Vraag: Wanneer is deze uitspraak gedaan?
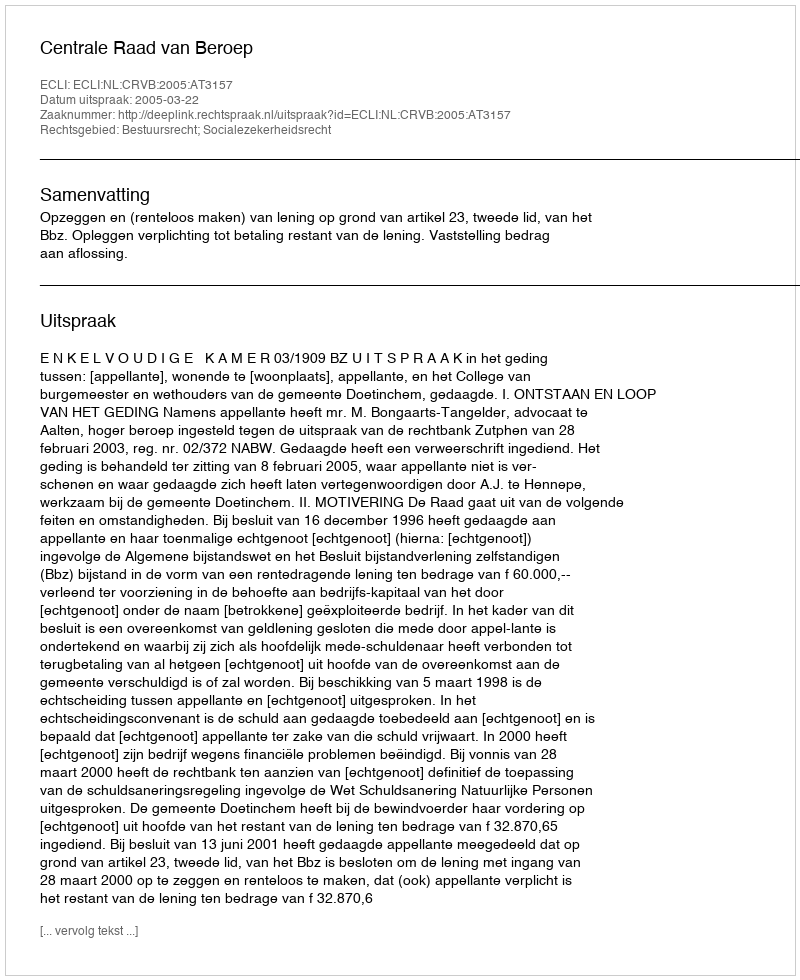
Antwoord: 2005-03-22